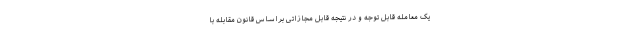
یک معامله قابل توجه و در نتیجه قابل مجازاتی براساس قانون مقابله با